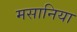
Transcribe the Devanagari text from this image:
मसानिया